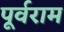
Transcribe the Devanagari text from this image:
पूर्वराम